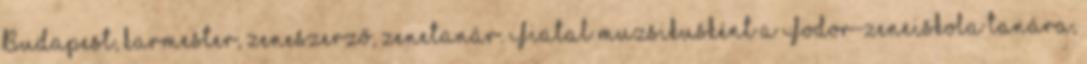
Budapest, karmester, zeneszerző, zenetanár. Fiatal muzsikusként a Fodor-zeneiskola tanára,